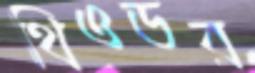
থিওডর